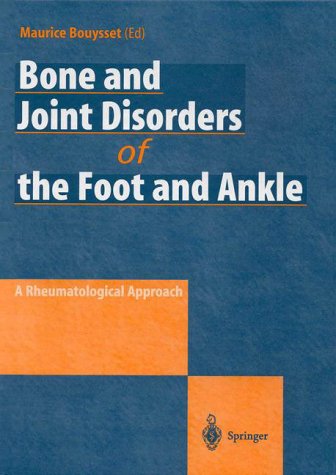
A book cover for Bone and Joint Disorders of the Foot and Ankle: A Rheumatological Approach; Maurice Bouysset; Medical Books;